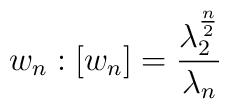
w_n : [w_n] = \frac{\lambda_2^{\frac n2}}{\lambda_n}